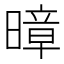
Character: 暲